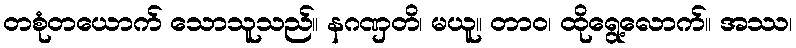
တစုံတယောက် သောသူသည်။ နဂဏှတိ၊ မယူ။ တာဝ၊ ထိုရွေ့လောက်။ အဿ၊